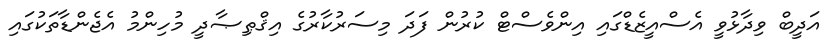
އަދީބް ވިދާޅުވީ އެސްއީޒެޑްގައި އިންވެސްޓް ކުރުން ފަދަ މިސަރުކާރުގެ އިޤްޠިޞާދީ މުހިންމު އެޖެންޑާތަކުގައި